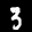
Label: 3